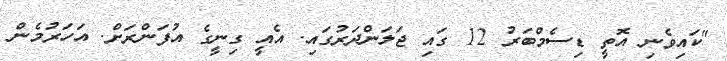
"ކައިވެނި އޮތީ ޑިސެމްބަރު 12 ގައި ޖަލަންދަރުގައި. އެއީ ގިނީގެ އުފަންރަށް. އަހަރުމެން